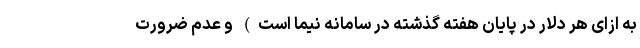
به ازای هر دلار در پایان هفته گذشته در سامانه نیما است) و عدم ضرورت